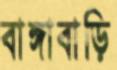
বাঙ্গাবাড়ি